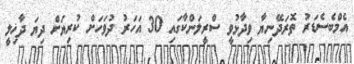
އެމްބެސެޑަރު ތޮރަދޭނިޔާ ވިދާޅުވީ ސްރީލަންކާގައި 30 އަހަރު ދުވަހަށް ކުރިޔަށް ދިޔަ ދާޚިލީ